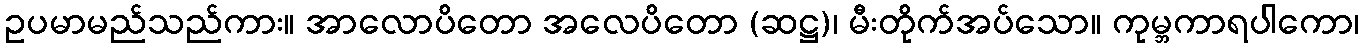
ဥပမာမည်သည်ကား။ အာလောပိတော အလေပိတော (ဆဋ္ဌ)၊ မီးတိုက်အပ်သော။ ကုမ္ဘကာရပါကော၊